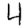
Digit: 4